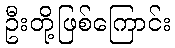
ဦးတို့ဖြစ်ကြောင်း